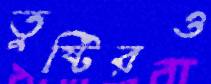
তুষ্টিরও